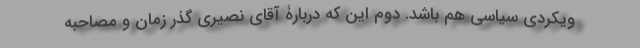
ویکردی سیاسی هم باشد. دوم این که دربارۀ آقای نصیری گذر زمان و مصاحبه